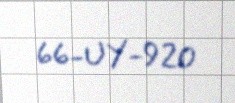
66-UY-920